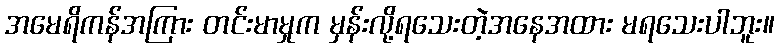
အမေရိကန်အကြား တင်းမာမှုက မှန်းလို့ရသေးတဲ့အနေအထား မရသေးပါဘူး။